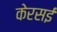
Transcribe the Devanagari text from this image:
केरसई